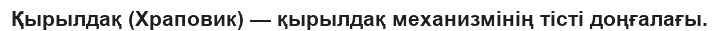
Қырылдақ (Храповик) — қырылдақ механизмінің тісті доңғалағы.